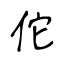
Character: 佗